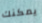
يمكنك